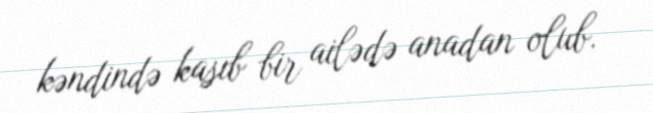
kəndində kasıb bir ailədə anadan olub.